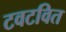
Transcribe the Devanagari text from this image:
टवटवित